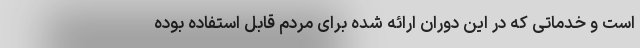
است و خدماتی که در این دوران ارائه شده برای مردم قابل استفاده بوده